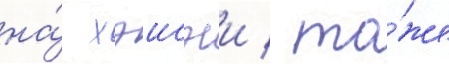
на́ хэисэи / то́же